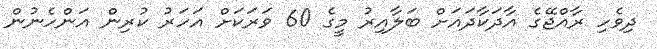
ދިވެހި ރާއްޖޭގެ އާދަކާދައަށް ބަލާއިރު މީގެ 60 ވަރަކަށް އަހަރު ކުރިން އަންހެނުން